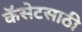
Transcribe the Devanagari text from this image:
कॅसेटसाठी